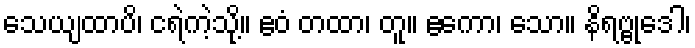
သေယျထာပိ၊ ငရဲကဲ့သို့။ ဧဝံ တထာ၊ တူ။ ဧကော၊ သော။ နိရဗ္ဗုဒေါ၊